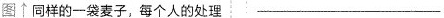
图↑ 同样的一袋麦子，每个人的处理 ___